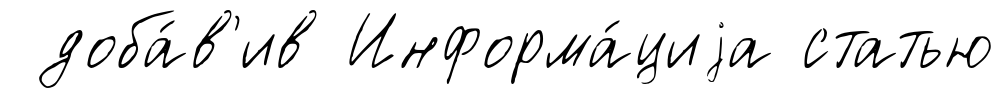
доба́в'ив Информа́циjа статью